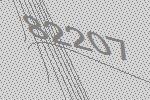
82207